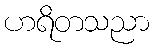
ဟရိတသညာ